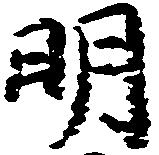
明